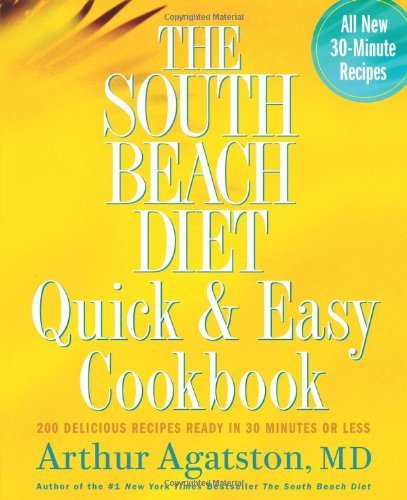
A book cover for The South Beach Diet Quick and Easy Cookbook 200 Delicious Recipes Ready in 30 Minutes or Less by Arthur Agatston [Rodale Books,2005] (Hardcover); Health, Fitness & Dieting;